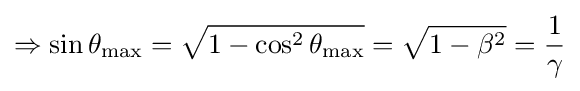
\Rightarrow \sin \theta _{\text{max}}={\sqrt {1-\cos ^{2}\theta _{\text{max}}}}={\sqrt {1-\beta ^{2}}}={\frac {1}{\gamma }}